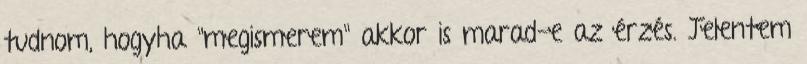
tudnom, hogyha "megismerem" akkor is marad-e az érzés. Jelentem